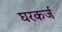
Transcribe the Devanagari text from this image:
घरकर्ज